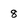
Character: 8